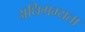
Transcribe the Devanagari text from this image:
अधिगम्यता